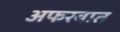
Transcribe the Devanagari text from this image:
अफरवात